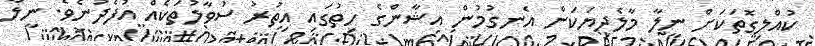
ކުއްލިގޮތަކަށް ނީލާ މާލެދިޔަކަން އެނގުމުން އިޝާންގެ ހިތުގައި އިތުރު ސުވާލުތަކެއް އުފެދުނެވެ. ނީލާ